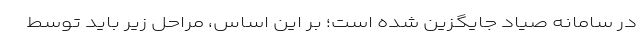
در سامانه صیاد جایگزین شده است؛ بر این اساس، مراحل زیر باید توسط